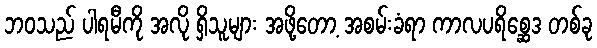
ဘဝသည် ပါရမီကို အလို ရှိသူများ အဖို့တော့ အစမ်းခံရာ ကာလပရိစ္ဆေဒ တစ်ခု